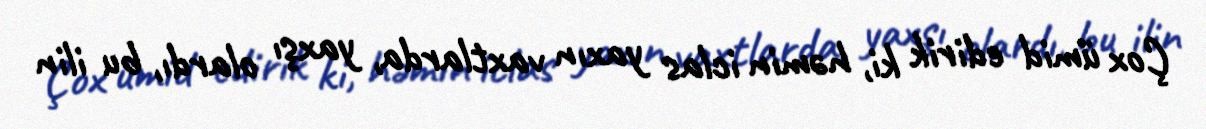
Çox ümid edirik ki, həmin iclas yaxın vaxtlarda, yaxşı olardı, bu ilin